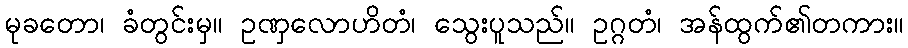
မုခတော၊ ခံတွင်းမှ။ ဥဏှလောဟိတံ၊ သွေးပူသည်။ ဥဂ္ဂတံ၊ အန်ထွက်၏တကား။